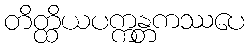
တိတ္ထိယပက္ကန္တကဿပေ